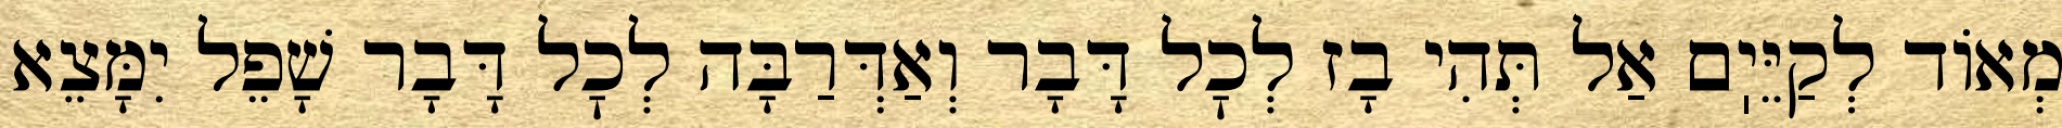
מְאוֹד לְקַיֵּיֽם אַל תְּהִי בָז לְכׇל דָּבָר וְאַדְּרַבָּה לְכׇל דָּבָר שָׁפֵל יִמָּצֵא